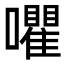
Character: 㘗